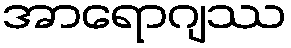
အာရောဂျဿ